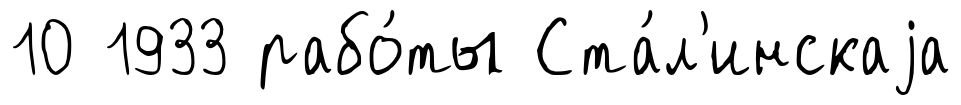
10 1933 рабо́ты Ста́л'инскаjа